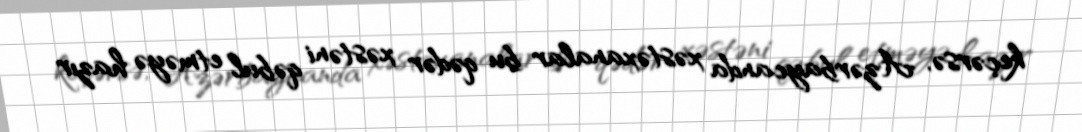
keçərsə, Azərbaycanda xəstəxanalar bu qədər xəstəni qəbul etməyə hazır